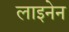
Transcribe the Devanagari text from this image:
लाइनेन